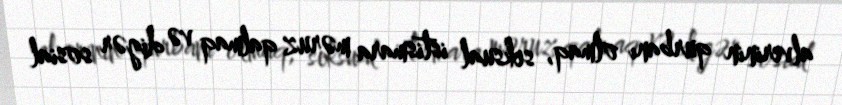
alverinin qurbanı olmaq, seksual istismara məruz qalmaq və digər sosial